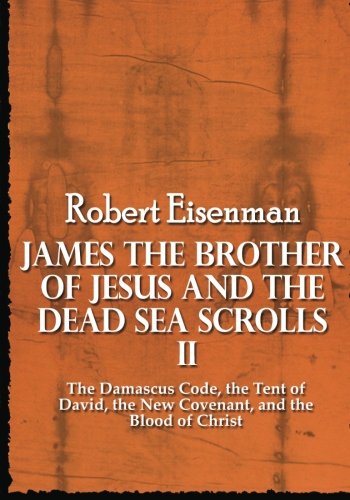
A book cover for James the Brother of Jesus and the Dead Sea Scrolls II: The Damascus Code, the Tent of David, the New Covenant, and the Blood of Christ; Robert Eisenman; Christian Books & Bibles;